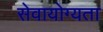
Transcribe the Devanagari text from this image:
सेवायोग्यता